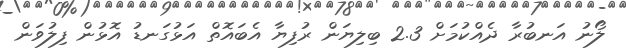
ލޯނު އަނބުރާ ދެއްކުމަށް 2.3 ބިލިޔަން ރުފިޔާ އެބައޮތް އަޅުގަނޑު އޮޅުން ފިލުވަން